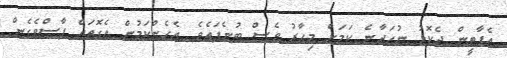
އެޕާޓީން ދެކޮޅު ނުހަދާނެ ކަމަށް މިހާރު ވެސް ބުނެފައެވެ. އެހެންކަމުން އެގޮތައް ފާސްވެގެން